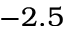
- 2 . 5